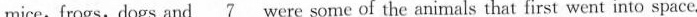
mice,frogs,dogs and